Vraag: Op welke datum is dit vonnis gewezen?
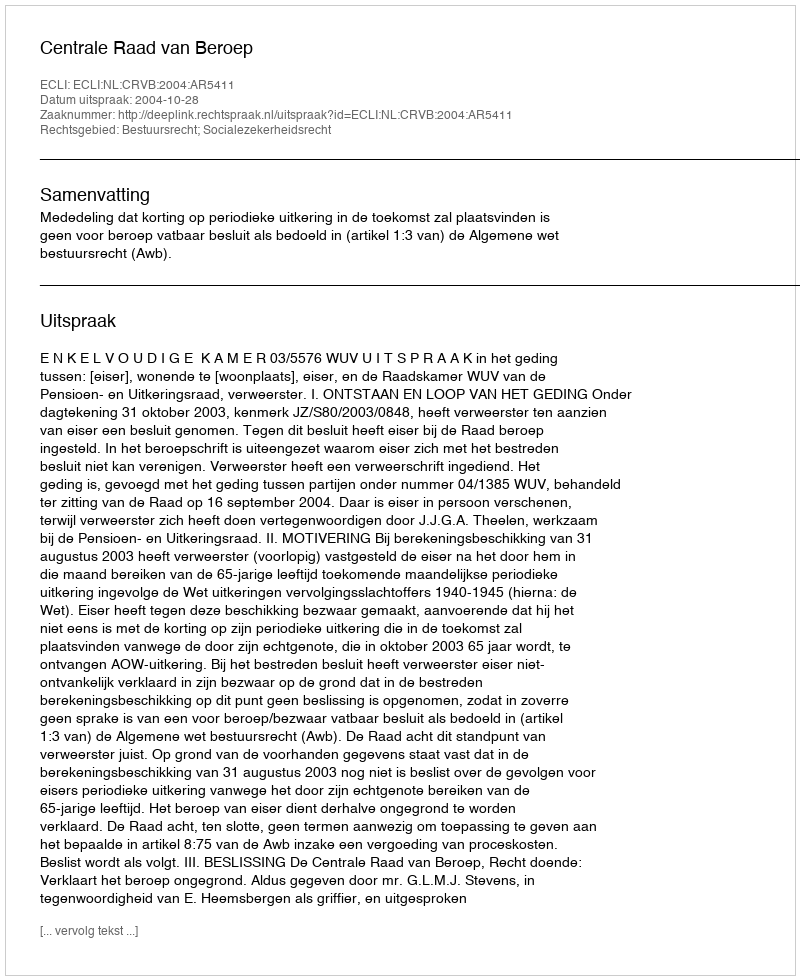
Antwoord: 2004-10-28